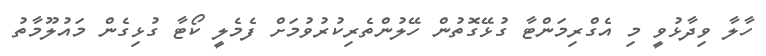
ހާލާ ވިދާޅުވީ މި އެގްރިމަންޓާ ގުޅޭގޮތުން ހޭލުންތެރިކުރުވުމަށް ފެމެލީ ކޯޓާ ގުޅިގެން މައުލޫމާތު